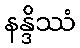
နန္ဒိဿံ